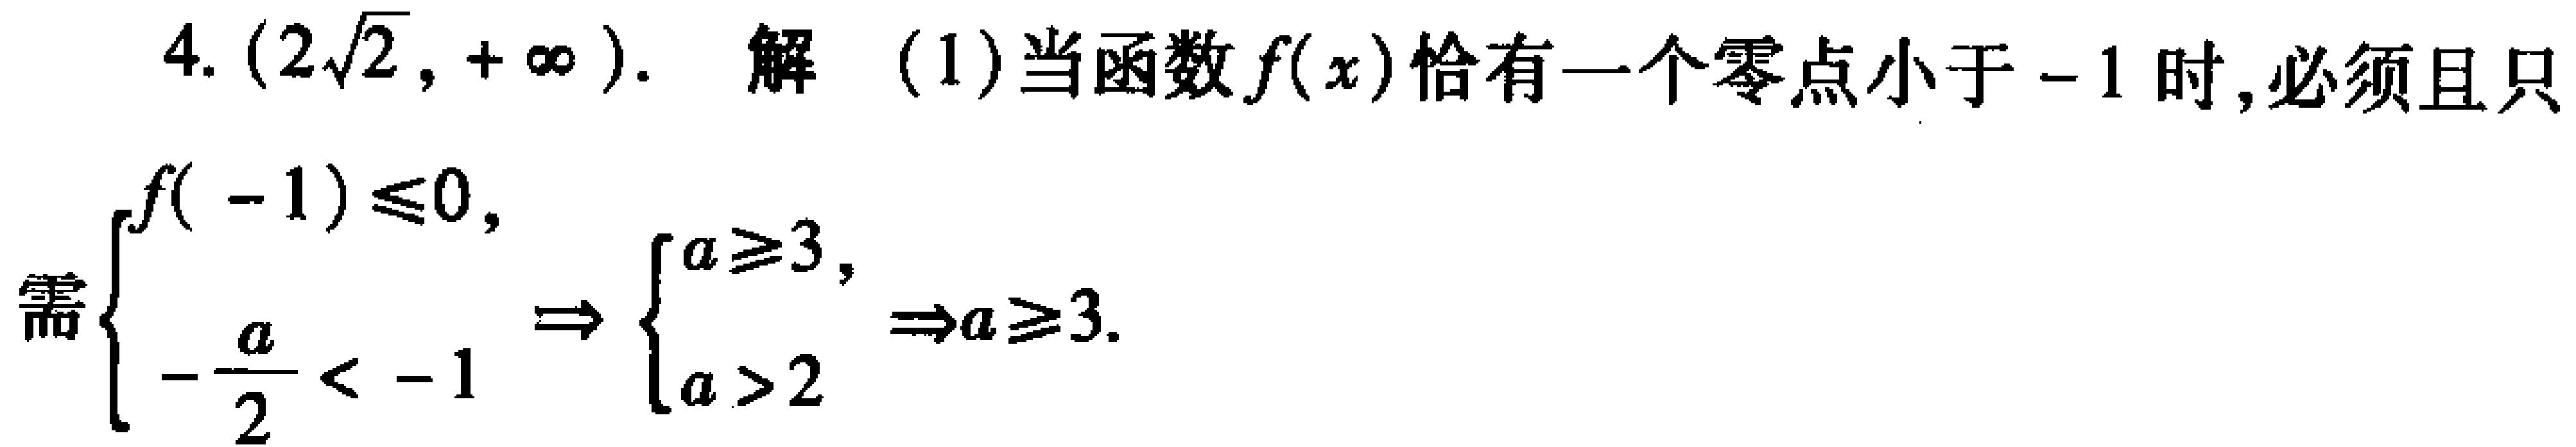
4. \((2\sqrt{2},+\infty)\). 解 (1)当函数\(f(x)\)恰有一个零点小于\(-1\)时,必须且只

需\(\begin{cases}f(-1)\leq0,\\-\dfrac{a}{2} < - 1\end{cases}\Rightarrow\begin{cases}a\geq3,\\a > 2\end{cases}\Rightarrow a\geq3\).